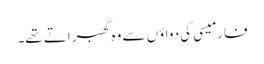
فارمیسی کی دواؤں سے وہ گھبراتے تھے۔